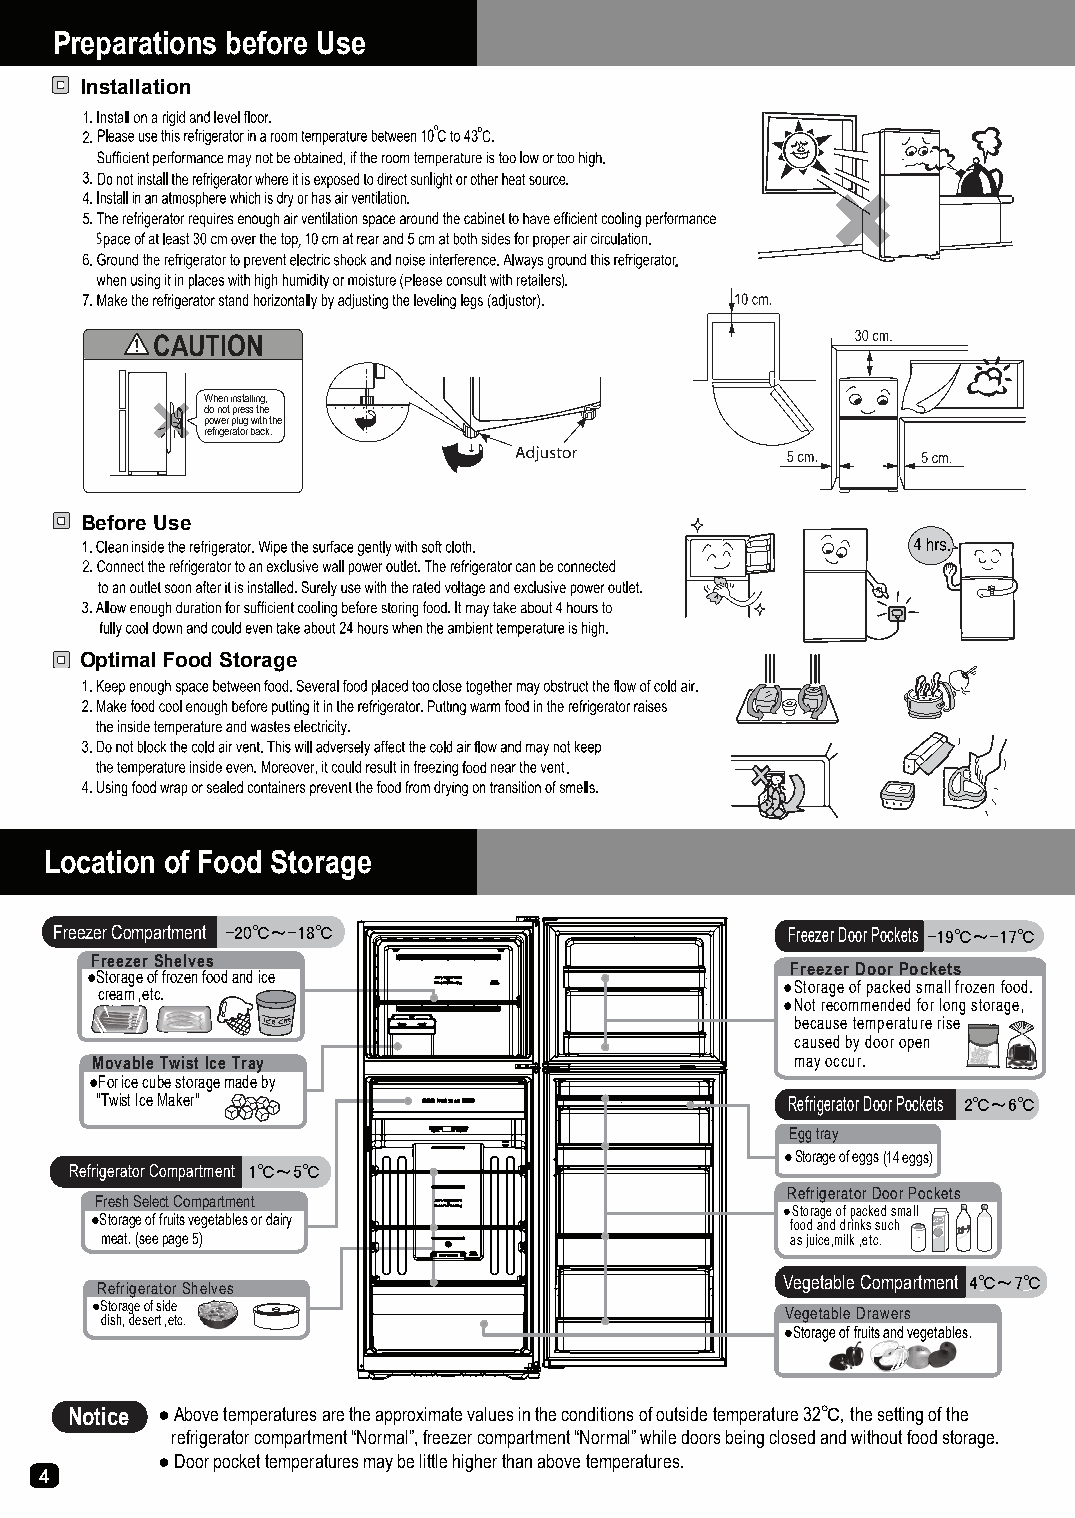
Preparations before Use
 Installation
 S             ,
 .
 CAUTION
 Wheninstalling,
 donotpressthe
 powerplugwiththe
 refrigeratorback.
 Before Use
 Optimal Food Storage
 Location of Food Storage
 FreezerCompartment -20℃～-18℃                    FreezerDoorPockets -19℃～-17℃
 FreezerShelves
 FreezerDoorPockets
 ●Storage offrozen food and ice
 ●Storage of packed smallfrozen food.
 cream ,etc.
 ●Notrecommendedfor long storage,
 because temperaturerise
 caused by door open
 MovableTwist IceTray                           may occur.
 ●For ice cube storage madeby
 "Twist Ice Maker"                             RefrigeratorDoorPockets 2℃～6℃
 Egg tray
 ●Storage of eggs(14 eggs)
 RefrigeratorCompartment 1℃～5℃
 RefrigeratorDoorPockets
 Fresh Select Compartment
 ●Storage of packed small
 ●Storageoffruits vegetablesordairy
 food anddrinks such
 meat.(seepage5)                              as juice,milk ,etc.
 VegetableCompartment 4℃～7℃
 RefrigeratorShelves
 ●Storage of side
 VegetableDrawers
 dish, desert ,etc.
 ●Storage offruits and vegetables.
 Notice ●Above temperatures are the approximate values in the conditions of outside temperature 32℃, the setting of the
 refrigerator compartment “Normal”, freezer compartment “Normal” while doors being closed and without food storage.
 ● Door pocket temperatures may be little higher than above temperatures.
 4